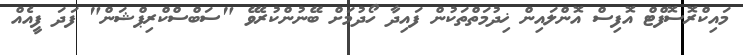
މައިކްރޮސޮފްޓް އޮފިސް އޮންލައިން ޚިދުމަތްތަކުން ފައިދާ ހޯދުމަށް ބޭނުންކުރެވޭ "ސަބްސްކްރިޕްޝަން" ފަދަ ފީއެއް